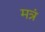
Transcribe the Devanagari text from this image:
मत्रं